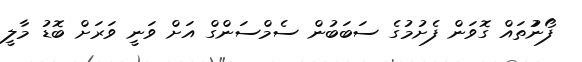
ފޯނުުތައް ގޮވަން ފެށުމުގެ ސަބަބުން ސެމްސަންގް އަށް ވަނީ ވަރަށް ބޮޑު މާލީ